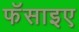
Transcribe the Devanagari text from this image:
फॅसाइए